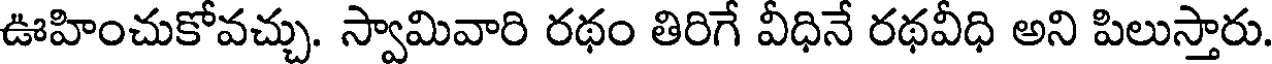
ఊహించుకోవచ్చు. స్వామివారి రథం తిరిగే వీధినే రథవీధి అని పిలుస్తారు